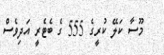
މޫސާ ކަލޭ ކުރީގެ 555 ގެ ބެޓެރީ އަދިވެސް